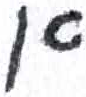
אות: א